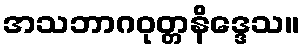
အသဘာဂဝုတ္တနိဒ္ဒေသ။